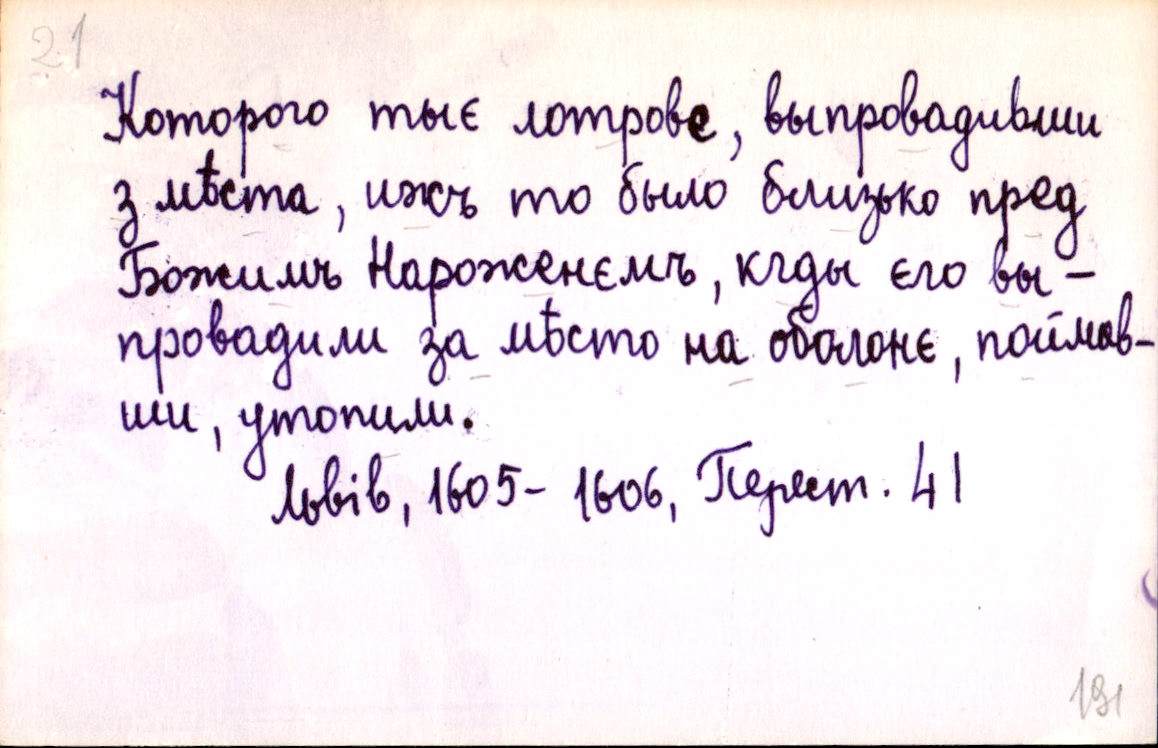
Которого тыє лотровє, выпровадивши
з мѣста, ижъ то было близько пред
Божимъ Нароженємъ, кгды єго вы-
провадили за мѣсто на оболонє, поймав-
ши, утопили.
Львів, 1605-1606, Перест. 41